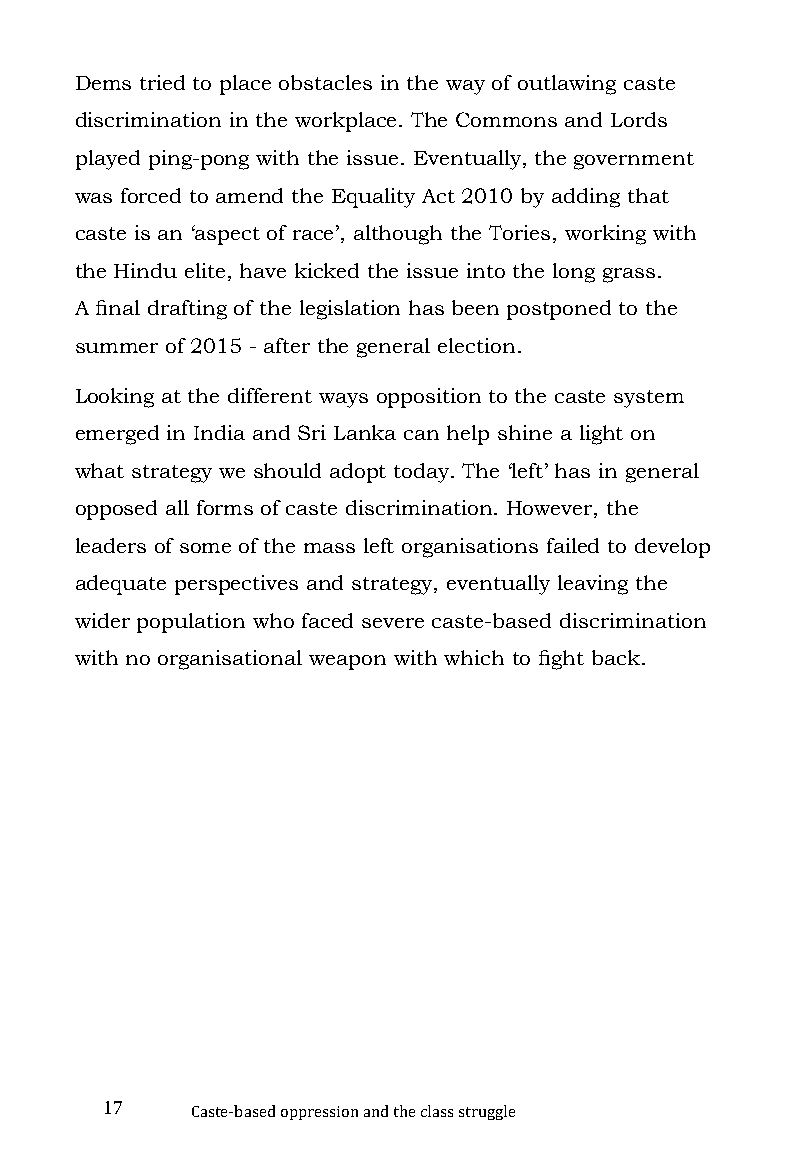
Dems tried to place obstacles in the way of outlawing caste
 discrimination in the workplace. The Commons and Lords
 played ping-pong with the issue. Eventually, the government
 was forced to amend the Equality Act 2010 by adding that
 caste is an ‘aspect of race’, although the Tories, working with
 the Hindu elite, have kicked the issue into the long grass.
 A final drafting of the legislation has been postponed to the
 summer of 2015 - after the general election.
 Looking at the different ways opposition to the caste system
 emerged in India and Sri Lanka can help shine a light on
 what strategy we should adopt today. The ‘left’ has in general
 opposed all forms of caste discrimination. However, the
 leaders of some of the mass left organisations failed to develop
 adequate perspectives and strategy, eventually leaving the
 wider population who faced severe caste-based discrimination
 with no organisational weapon with which to fight back.
 17
 Caste-based oppression and the class struggle